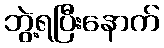
ဘွဲ့ရပြီးနောက်